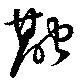
融